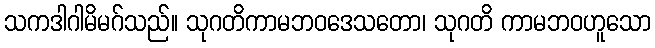
သကဒါဂါမိမဂ်သည်။ သုဂတိကာမဘဝဒေသတော၊ သုဂတိ ကာမဘဝဟူသော